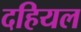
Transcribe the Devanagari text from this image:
दहियल